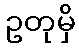
ဥတုမှိ